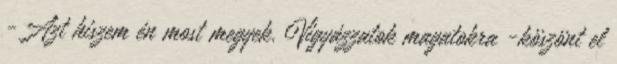
-Azt hiszem én most megyek. Vigyázzatok magatokra -köszönt el